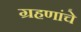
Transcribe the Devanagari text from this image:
ग्रहणांचे